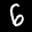
Label: 6